Annual report of the Imperial Bacteriologist
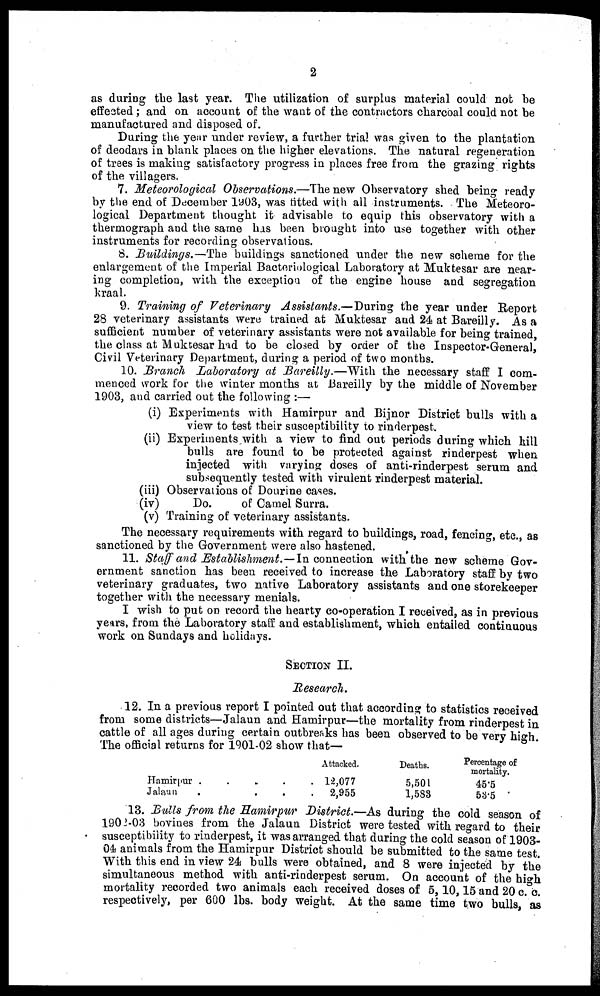
2
as during the last year. The utilization of surplus material could not be
effected ; and on account of the want of the contractors charcoal could not be
manufactured and disposed of.
During the year under review, a further trial was given to the plantation
of deodars in blank places on the higher elevations. The natural regeneration
of trees is making satisfactory progress in places free from the grazing rights
of the villagers.
7. Meteorological Observations.—The new Observatory shed being ready
by the end of December 1903, was fitted with all instruments. The Meteoro-
logical Department thought it advisable to equip this observatory with a
thermograph and the same has been brought into use together with other
instruments for recording observations.
8. Buildings.—The buildings sanctioned under the new scheme for the
enlargement of the Imperial Bacteriological Laboratory at Muktesar are near¬
ing completion, with the exception of the engine house and segregation
kraal.
9. Training of Veterinary Assistants.—During the year under Report
28 veterinary assistants were trained at Muktesar and 24 at Bareilly. As a
sufficient number of veterinary assistants were not available for being trained,
the class at Muktesar had to be closed by order of the Inspector-General,
Civil Veterinary Department, during a period of two months.
10. Branch Laboratory at Bareilly.—With the necessary staff I com-
menced work for the winter months at Bareilly by the middle of November
1903, and carried out the following :—
(i) Experiments with Hamirpur and Bijnor District bulls with a
view to test their susceptibility to rinderpest.
(ii) Experiments with a view to find out periods during which hill
bulls are found to be protected against rinderpest when
injected with varying doses of anti-rinderpest serum and
subsequently tested with virulent rinderpest material.
(iii) Observations of Dourine cases.
(iv)
Do.
of Camel Surra.
(v) Training of veterinary assistants.
The necessary requirements with regard to buildings, road, fencing, etc., as
sanctioned by the Government were also hastened.
11. Staff and Establishment.—In connection with the new scheme Gov-
ernment sanction has been received to increase the Laboratory staff by two
veterinary graduates, two native Laboratory assistants and one storekeeper
together with the necessary menials.
I wish to put on record the hearty co-operation I received, as in previous
years, from the Laboratory staff and establishment, which entailed continuous
work on Sundays and holidays.
SECTION II.
Research.
12. In a previous report I pointed out that according to statistics received
from some districts—Jalaun and Hamirpur—the mortality from rinderpest in
cattle of all ages during certain outbreaks has been observed to be very high
The official returns for 1901-02 show that—
Hamirpur .
Jalaun
Attacked.
. 12,077
.
2,955
Deaths.
5,501
1,583
Percentage of
mortality.
45.5
53.5
13. Bulls from the Hamirpur District.—As during the cold season of
1902-03 bovines from the Jalaun District were tested with regard to their
susceptibility to rinderpest, it was arranged that during the cold season of 1903-
04 animals from the Hamirpur District should be submitted to the same test.
With this end in view 24 bulls were obtained, and 8 were injected by the
simultaneous method with anti-rinderpest serum. On account of the high
mortality recorded two animals each received doses of 5, 10, 15 and 20 c.c.
respectively, per 600 lbs. body weight. At the same time two bulls, as